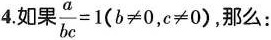
4.如果 $$\frac{a}{bc}=1(b \neq 0,c \neq 0)$$, 那么：